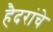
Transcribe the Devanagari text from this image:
हैदरांचे